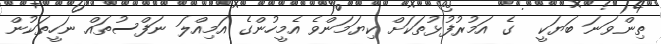
ތިންވަނަ ބަޔަކީ  ގެ އަމުރުފުޅުތަކަށް ކިޔަމަންވެ އެމީހުންގެ އަމިއްލަ ނަފްސުތައް ނަހީތަކުން